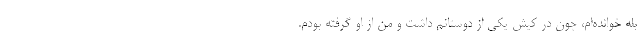
بله خوانده‌ام، چون در کیش یکی از دوستانم داشت و من از او گرفته بودم.